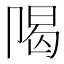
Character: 𱑙